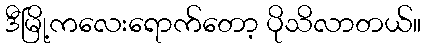
ဒီမြို့ကလေးရောက်တော့ ပိုသိလာတယ်။